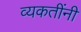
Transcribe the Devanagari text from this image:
व्यकतींनी